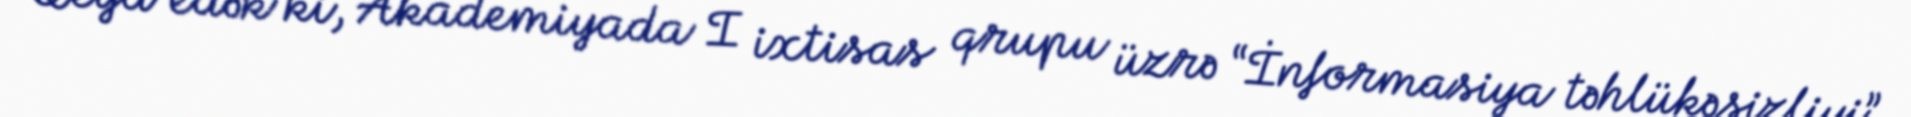
Qeyd edək ki, Akademiyada I ixtisas qrupu üzrə “İnformasiya təhlükəsizliyi”